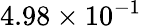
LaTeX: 4.98\times 10^{-1}